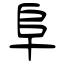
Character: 阜